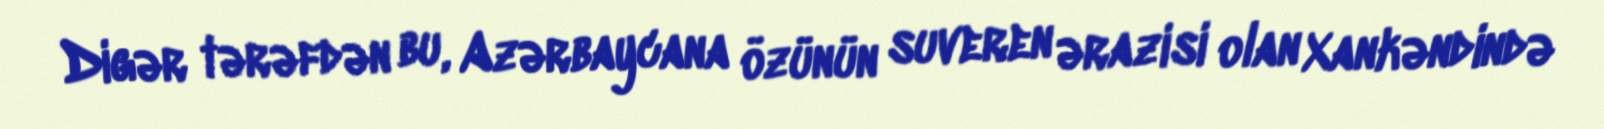
Digər tərəfdən bu, Azərbaycana özünün suveren ərazisi olan Xankəndində